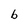
Character: b